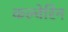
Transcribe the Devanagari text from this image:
कल्वेरिन